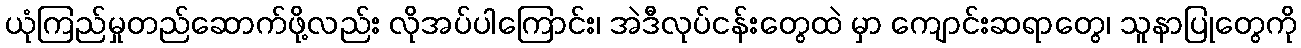
ယုံကြည်မှုတည်ဆောက်ဖို့လည်း လိုအပ်ပါကြောင်း၊ အဲဒီလုပ်ငန်းတွေထဲ မှာ ကျောင်းဆရာတွေ၊ သူနာပြုတွေကို